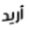
أريد